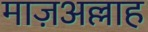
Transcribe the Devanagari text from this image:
माज़अल्लाह